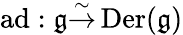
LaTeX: \operatorname{a\mathrm{d}}:{\mathfrak{{g}}}{\overset{\sim}{\to}}\operatorname{Der}({\mathfrak{{g}}})